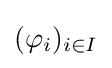
(\varphi _{i})_{i\in I}